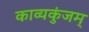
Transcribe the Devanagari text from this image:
काव्यकुंजम्